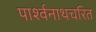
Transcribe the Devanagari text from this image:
पार्श्वनाथचरित